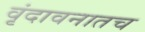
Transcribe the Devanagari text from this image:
वृंदावनातच